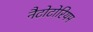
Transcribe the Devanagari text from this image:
नैटोटोरियम